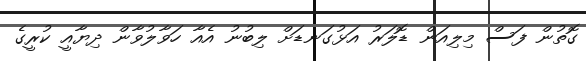
ގޮތުން ފަސް މިލިއަން ޑޮލަރު އަޅުގަނޑަށް ލިބުނު އެއާ ހަވާލުވާން ދިޔާއީ ކުރީގެ